French and German assistants in Scottish schools and training centres, 1937
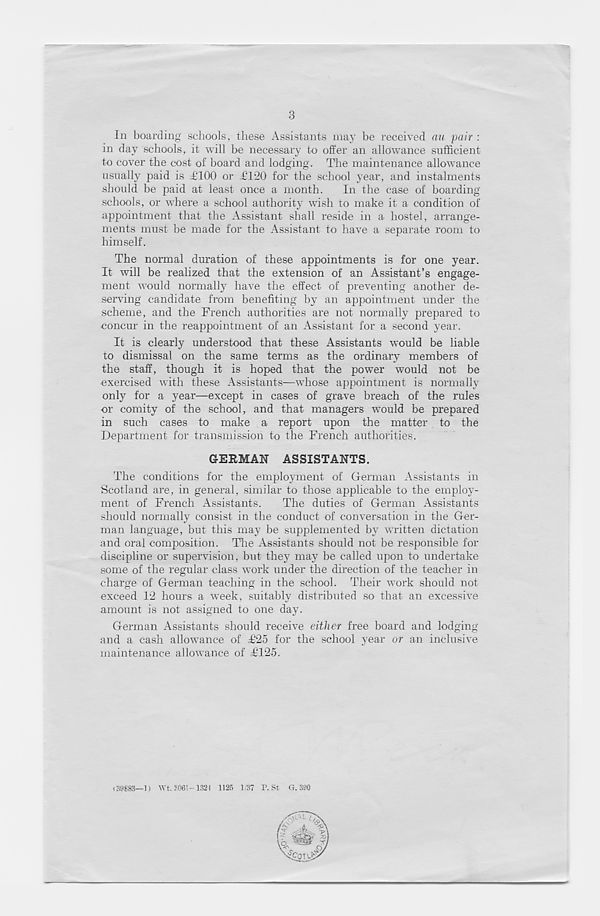
3
In boarding schools, these Assistants may be received an pair :
in day schools, it will be necessary to offer an allowance sufficient
to cover the cost of board and lodging. The maintenance allowance
usually paid is ATOO or AT20 for the school year, and instalments
should be paid at least once a month.
In the case of boarding
schools, or where a school authority wish to make it a condition of
appointment that the Assistant shall reside in a hostel, arrange-
ments must be made for the Assistant to have a separate room to
himself.
The normal duration of these appointments is for one year.
It will be realized that the extension of an Assistant’s engage-
ment would normally have the effect of preventing another de-
serving candidate from benefiting by an appointment under the
scheme, and the French authorities are not normally prepared to
concur in the reappointment of an Assistant for a second year.
It is clearly understood that these Assistants would be liable
to dismissal on the same terms as the ordinary members of
the staff, though it is hoped that the power would not be
exercised with these Assistants—whose appointment is normally
only for a year—except in cases of grave breach of the rules
or comity of the school, and that managers would be prepared
in such cases to make a report upon the matter to the
Department for transmission to the French authorities.
GERMAN ASSISTANTS.
The conditions for the employment of German Assistants in
Scotland are, in general, similar to those applicable to the employ-
ment of French Assistants.
The duties of German Assistants
should normally consist in the conduct of conversation in the Ger-
man language, but this may be supplemented by written dictation
and oral composition. The Assistants should not be responsible for
discipline or supervision, but they may be called upon to undertake
some of the regular class work under the direction of the teacher in
charge of German teaching in the school. Their work should not
exceed 12 hours a week, suitably distributed so that an excessive
amount is not assigned to one day.
German Assistants should receive either free board and lodging
and a cash allowance of T25 for the school year or an inclusive
maintenance allowance of T125.
(39883—1) Wt. 3061-1321 1126 1/37 P. St G. 390